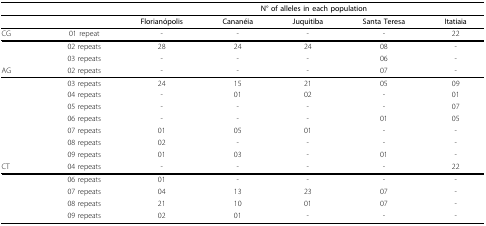
<table><thead><tr><td></td><td></td><td></td><td colspan="3"><b>N° of alleles in each population</b></td><td></td></tr></thead><tbody><tr><td></td><td></td><td><b>Florianópolis</b></td><td><b>Cananéia</b></td><td><b>Juquitiba</b></td><td><b>Santa Teresa</b></td><td><b>Itatiaia</b></td></tr><tr><td>CG</td><td>01 repeat</td><td>-</td><td>-</td><td>-</td><td>-</td><td>22</td></tr><tr><td></td><td>02 repeats</td><td>28</td><td>24</td><td>24</td><td>08</td><td>-</td></tr><tr><td></td><td>03 repeats</td><td>-</td><td>-</td><td>-</td><td>06</td><td>-</td></tr><tr><td>AG</td><td>02 repeats</td><td>-</td><td>-</td><td>-</td><td>07</td><td>-</td></tr><tr><td></td><td>03 repeats</td><td>24</td><td>15</td><td>21</td><td>05</td><td>09</td></tr><tr><td></td><td>04 repeats</td><td>-</td><td>01</td><td>02</td><td>-</td><td>01</td></tr><tr><td></td><td>05 repeats</td><td>-</td><td>-</td><td>-</td><td>-</td><td>07</td></tr><tr><td></td><td>06 repeats</td><td>-</td><td>-</td><td>-</td><td>01</td><td>05</td></tr><tr><td></td><td>07 repeats</td><td>01</td><td>05</td><td>01</td><td>-</td><td>-</td></tr><tr><td></td><td>08 repeats</td><td>02</td><td>-</td><td>-</td><td>-</td><td>-</td></tr><tr><td></td><td>09 repeats</td><td>01</td><td>03</td><td>-</td><td>01</td><td>-</td></tr><tr><td>CT</td><td>04 repeats</td><td>-</td><td>-</td><td>-</td><td>-</td><td>22</td></tr><tr><td></td><td>06 repeats</td><td>01</td><td>-</td><td>-</td><td>-</td><td>-</td></tr><tr><td></td><td>07 repeats</td><td>04</td><td>13</td><td>23</td><td>07</td><td>-</td></tr><tr><td></td><td>08 repeats</td><td>21</td><td>10</td><td>01</td><td>07</td><td>-</td></tr><tr><td></td><td>09 repeats</td><td>02</td><td>01</td><td>-</td><td>-</td><td>-</td></tr></tbody></table>